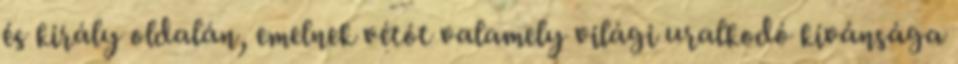
és király oldalán, emelnek vétót valamely világi uralkodó kívánsága